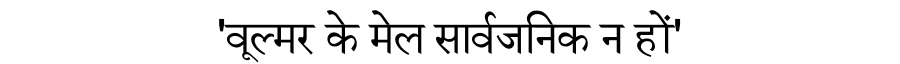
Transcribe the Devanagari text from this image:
'वूल्मर के मेल सार्वजनिक न हों'